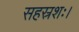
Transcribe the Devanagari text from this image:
सहस्रशः।